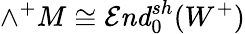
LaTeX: \wedge^{+}M\cong{\mathcal{E}}{\mathit{nd}}_{0}^{sh}(W^{+})